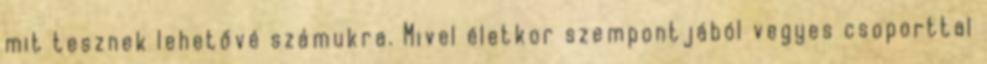
mit tesznek lehetővé számukra. Mivel életkor szempontjából vegyes csoporttal